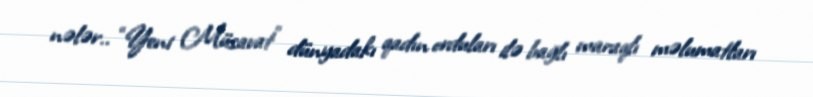
nələr.. “Yeni Müsavat” dünyadakı qadın orduları ilə bağlı maraqlı məlumatları